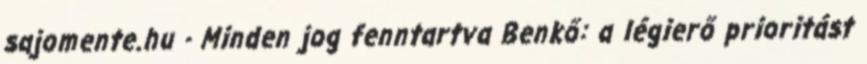
sajomente.hu - Minden jog fenntartva Benkő: a légierő prioritást